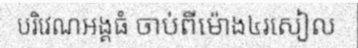
បរិវេណអង្គធំ ចាប់ពីម៉ោង៤រសៀល